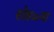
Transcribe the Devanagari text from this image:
सोहळ्या